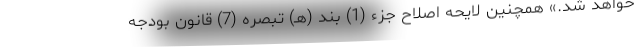
خواهد شد.» همچنین لایحه اصلاح جزء (1) بند (هـ) تبصره (7) قانون بودجه